Vaccination in the Punjab 1897-1904 - 1897-1904
Year: 1897
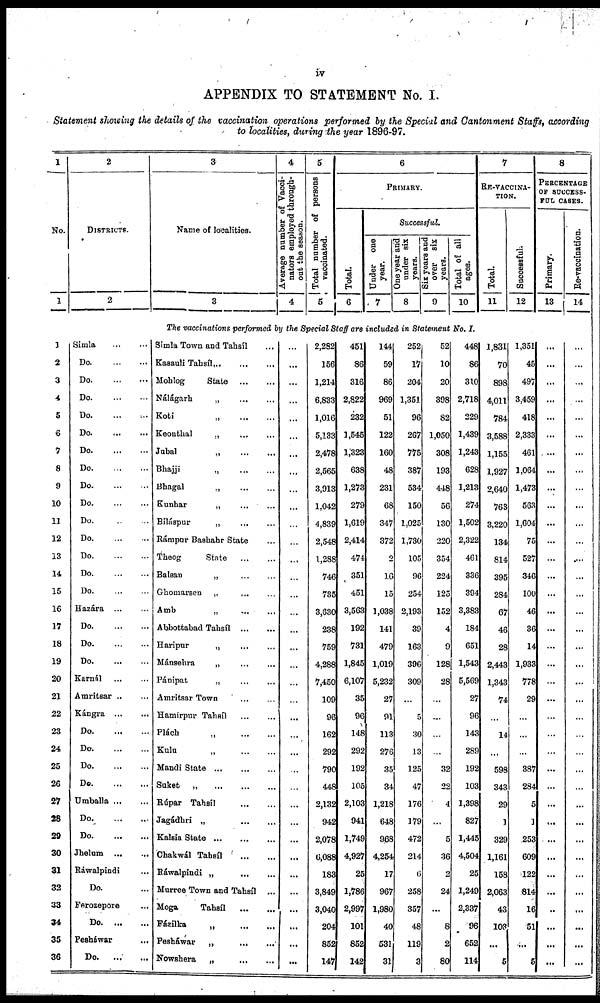
iv
APPENDIX TO STATEMENT No. I.
Statement showing the details of the vaccination operations performed by the Special and Cantonment Staffs, according
to localities, during the year 1896-97.
1
So.
1
2
DISTRICTS.
2
3
Name of localities.
3
4
Average number of Vacci-
nators employed through¬
out the season.
4
5
Total number of persons
vaccinated.
5
6
PRIMARY.
Total.
6
Successful.
Under one
year.
7
One year and
under six
years.
8
Six years and
over six
years.
9
Total of all
ages.
10
7
RE-VACCINA-
----.
Total.
11
Successful.
12
8
PERCENTAGE
OF SUCCESS¬
--- CASES.
Primary.
13
Re-vaccination.
14
The vaccinations performed by the Special Staff are included in Statement No. I.
1
2
3
4
5
6
7
8
9
10
11
12
13
14
15
16
17
18
19
20
21
22
23
24
25
26
27
28
29
30
31
32
33
34
35
36
Simla
...
...
Do.
...
...
Do.
...
...
Do.
...
...
Do.
...
...
Do.
...
...
Do.
...
...
Do.
...
...
Do.
...
...
Do.
...
...
Do.
...
...
Do.
...
...
Do.
...
...
Do.
...
...
Do.
...
...
Hazára ... ...
Do.
...
...
Do. ... ...
Do.
...
...
Karnál
Amritsar
Kángra ... ...
Do.
...
...
Do.
...
...
Do.
...
...
Do.
...
...
Umballa ... ...
Do.
...
...
Do.
...
...
Jhelum
...
...
Ráwalpindi ... ...
Do.. ... ...
Ferozepore ... ...
Do.
...
...
Pesháwar ... ...
Do.
...
...
Simla Town and Tahsíl ...
Kasauli Tahsíl
...
...
...
Mohlog
State
...
...
Nálágarh
„
...
...
Koti „ ... ...
Keonthal
„
...
...
Jubal
„
...
...
Bhajji
„
...
...
Bhagal
„
...
...
Kunhar „ ... ...
Biláspur
„
...
...
Rámpur Bashahr State ...
Theog
State
...
...
Balsan
„
...
...
Ghomarsen „ ... ...
Amb „ ... ...
Abbottabad Tahsíl
...
...
Haripur
„
...
...
Mánsehra
„
...
...
Pánipat
„
...
...
Amritsar Town
...
...
Hamirpur Tahsíl
...
...
Plách „ ... ...
Kulu
„
...
...
Mandi State
„
...
...
Suket
„
...
...
Rúpar Tahsíl
...
...
Jagádhri
„
...
...
Kalsia State
„
...
...
Chakwál Tahsíl
...
...
Ráwalpindi
„
...
...
Murree Town and Tahsíl ...
Moga
Tahsíl
...
...
Fázilka
„
...
...
Pesháwar
„
...
...
Nowshera
„
...
...
...
...
...
...
...
...
...
...
...
...
...
...
...
...
...
...
...
...
...
...
...
...
...
...
...
...
...
...
...
...
...
...
...
...
...
...
2,282
156
1,214
6,833
1,016
5,133
2,478
2,565
3,913
1,042
4,839
2,548
1,288
746
735
3,630
238
759
4,288
7,450
109
96
162
292
790
448
2,132
942
2,078
6,088
183
3,849
3,040
204
852
147
451
86
316
2,822
232
1,545
1,323
638
1,273
279
1,619
2,414
474
351
451
3,563
192
731
1,845
6,107
35
96
148
292
192
105
2,103
941
1,749
4,927
25
1,786
2,997
101
852
142
144
59
86
969
51
122
160
48
231
68
347
372
2
16
15
1,038
141
479
1,019
5,232
27
91
113
276
35
34
1,218
648
968
4,254
17
967
1,980
40
531
31
252
17
204
1,351
96
267
775
387
534
150
1,025
1,730
105
96
254
2,193
39
163
396
309
...
5
30
13
125
47
176
179
472
214
6
258
357
48
119
3
52
10
20
398
82
1,050
308
193
448
56
130
220
354
224
125
152
4
9
128
28
...
...
...
...
32
22
4
...
5
36
2
24
...
8
2
80
448
86
310
2,718
229
1,439
1,243
628
1,213
274
1,502
2,322
461
336
394
3,383
184
651
1,543
5,569
27
96
143
289
192
103
1,398
827
1,445
4,504
25
1,249
2,337
96
652
114
1,831
70
898
4,011
784
3,588
1,155
1,927
2,640
763
3,220
134
814
395
284
67
46
28
2,443
1,343
74
...
14
...
598
343
29
1
329
1,161
158
2,063
43
103
...
5
1,351
45
497
3,459
418
2,333
461
1,064
1,473
563
1,604
75
527
346
100
46
36
14
1,933
778
29
...
...
...
387
284
5
1
253
609
122
814
16
51
...
5
...
...
...
...
...
...
...
...
...
...
...
...
...
...
...
...
...
...
...
...
...
...
...
...
...
...
...
...
...
...
...
...
...
...
...
...
...
...
...
...
...
...
...
...
...
...
...
...
...
...
...
...
...
...
...
...
...
...
...
...
...
...
...
...
...
...
...
...
...
...
...
...